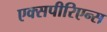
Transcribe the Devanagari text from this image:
एक्सपीरिएन्स